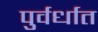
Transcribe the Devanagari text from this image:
पुर्वर्धात